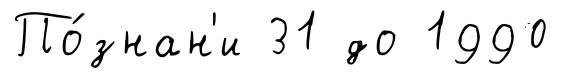
По́знан'и 31 до 1990